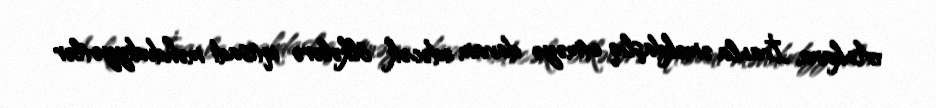
Ankara, İranla əməkdaşlıq etməyə davam edəcək ölkələrə iqtisadi məhdudiyyətlər